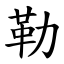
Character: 勒